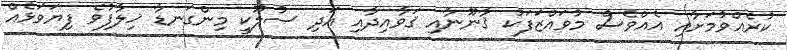
ކުރެއްވުމަށާއި އެއްވެސް މުވައްޒަފަކު ޤާނޫނާއި ޤަވާއިދާއި އަދި ސުލޫކީ މިންގަނޑާ ޚިލާފުވެ ފިޔަވަޅެއް